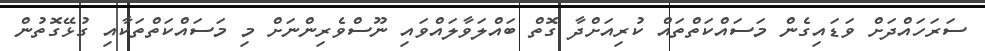
ސަރަހައްދަށް ވަޑައިގެން މަސައްކަތްތައް ކުރިއަށްދާ ގޮތް ބައްލަވާލައްވައި ނޫސްވެރިންނަށް މި މަސައްކަތްތަކާއި ގުޅޭގޮތުން